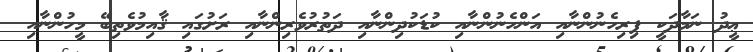
ޢީދު ނަމާދަކީ ފިރިހެނުންނާއި އަންހެނުންނާއި ކުޑަކުދިންނާއި ދަތުރުވެރިންނާއި ރަށުގައި ޤާއިމުވެތިބޭ މީހުންނާއި